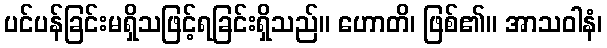
ပင်ပန်ခြင်းမရှိသဖြင့်ရခြင်းရှိသည်။ ဟောတိ၊ ဖြစ်၏။ အာသဝါနံ၊